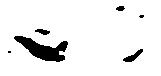
一